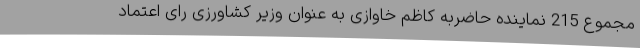
مجموع 215 نماینده حاضربه کاظم خاوازی به عنوان وزیر کشاورزی رای اعتماد